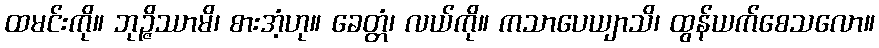
ထမင်းကို။ ဘုဉ္ဇိဿာမိ၊ စားအံ့ဟု။ ခေတ္တံ၊ လယ်ကို။ ကသာပေယျာသိ၊ ထွန်ယက်စေသလော။